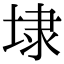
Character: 埭